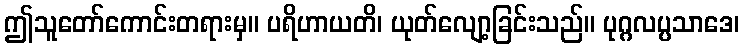
ဤသူတော်ကောင်းတရားမှ။ ပရိဟာယတိ၊ ယုတ်လျော့ခြင်းသည်။ ပုဂ္ဂလပ္ပသာဒေ၊